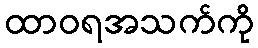
ထာဝရအသက်ကို